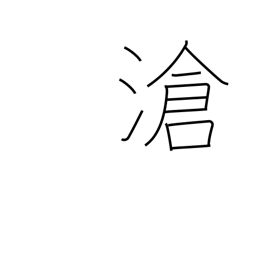
Meaning: ocean